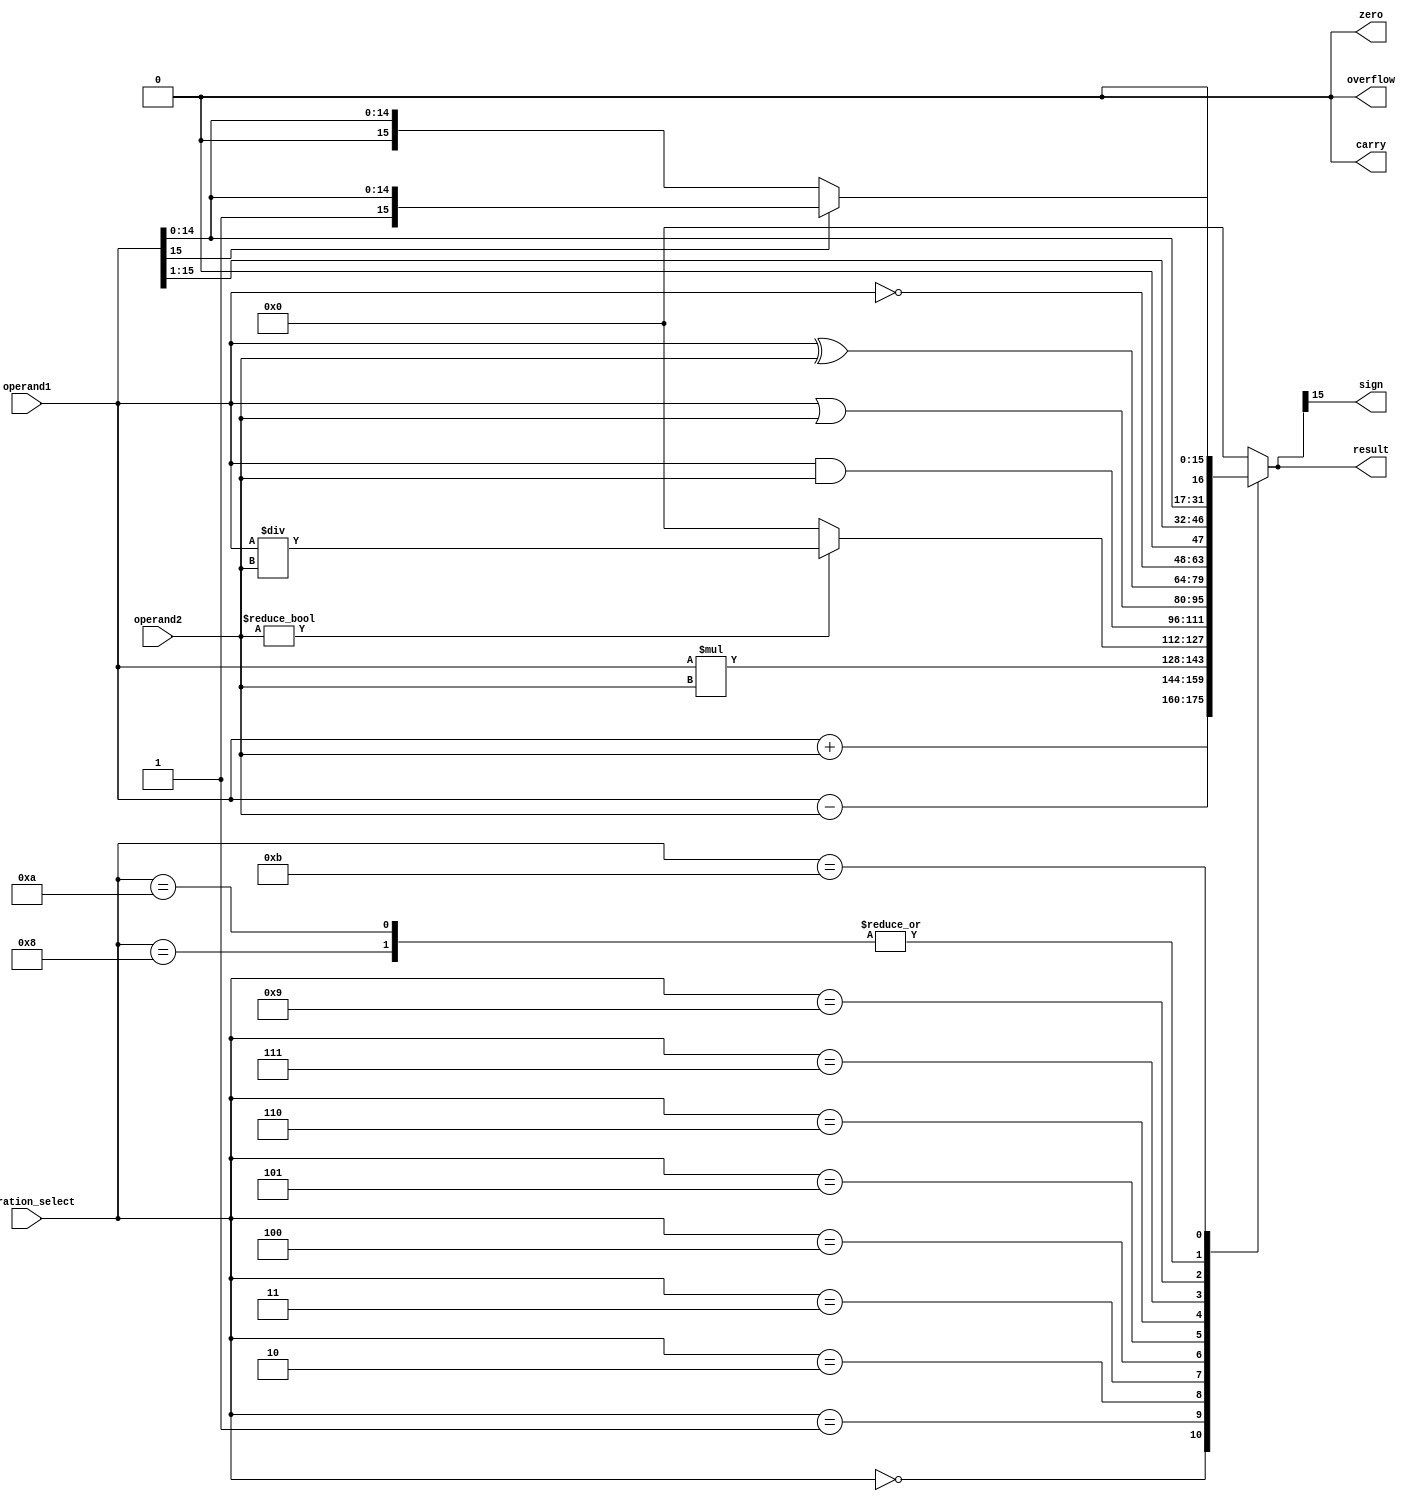
module ALU_16bit (
    input [15:0] operand1,
    input [15:0] operand2,
    input [3:0] operation_select,
    output reg [15:0] result,
    output reg overflow,
    output reg carry,
    output reg zero,
    output reg sign
);

assign overflow = 0;
assign carry = 0;
assign zero = 0;
assign sign = result[15];

always @(*) begin
    case(operation_select)
        4'b0000: result = operand1 + operand2; // Addition
        4'b0001: result = operand1 - operand2; // Subtraction
        4'b0010: result = operand1 * operand2; // Multiplication
        4'b0011: begin // Division
            if(operand2 != 0)
                result = operand1 / operand2;
            else
                result = 16'b0;
        end
        4'b0100: result = operand1 & operand2; // Bitwise AND
        4'b0101: result = operand1 | operand2; // Bitwise OR
        4'b0110: result = operand1 ^ operand2; // Bitwise XOR
        4'b0111: result = ~operand1; // Bitwise NOT
        4'b1000: result = operand1 << 1; // Left Shift
        4'b1001: result = operand1 >> 1; // Right Shift
        4'b1010: result = {operand1[14:0], 1'b0}; // Logical Shift
        4'b1011: begin // Arithmetic Shift
            if(operand1[15] == 1)
                result = {operand1[15], operand1[14:0]};
            else
                result = {16'b0, operand1[14:0]};
        end
        default: result = 16'b0;
    endcase
    overflow = (result[15] != operand1[15] && result[15] != operand2[15]);
    carry = (result[16] == 1);
    zero = (result == 16'b0);
end
endmodule